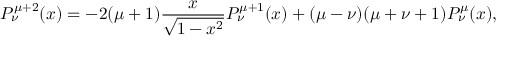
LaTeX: P _ { \nu } ^ { \mu + 2 } ( x ) = - 2 ( \mu + 1 ) \frac { x } { \sqrt { 1 - x ^ { 2 } } } P _ { \nu } ^ { \mu + 1 } ( x ) + ( \mu - \nu ) ( \mu + \nu + 1 ) P _ { \nu } ^ { \mu } ( x ) ,